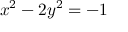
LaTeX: x ^ { 2 } - 2 y ^ { 2 } = - 1